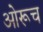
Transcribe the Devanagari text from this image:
ओरूच